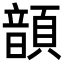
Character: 𩐳